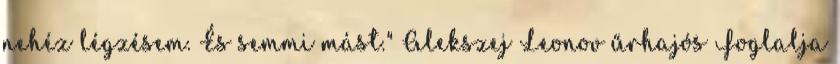
nehéz légzésem. És semmi mást." Alekszej Leonov űrhajós Foglalja